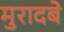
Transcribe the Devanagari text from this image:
मुरादबे